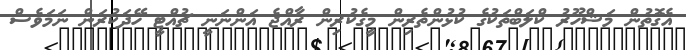
އެގޮތުން މަޝްހޫރު ކްލަބްތަކުގެ ކުޅުންތެރިން މީގެކުރިން ރާއްޖެ އަންނަނީ ޗުއްޓީ ހޭދަކުރަން ނަމަވެސް